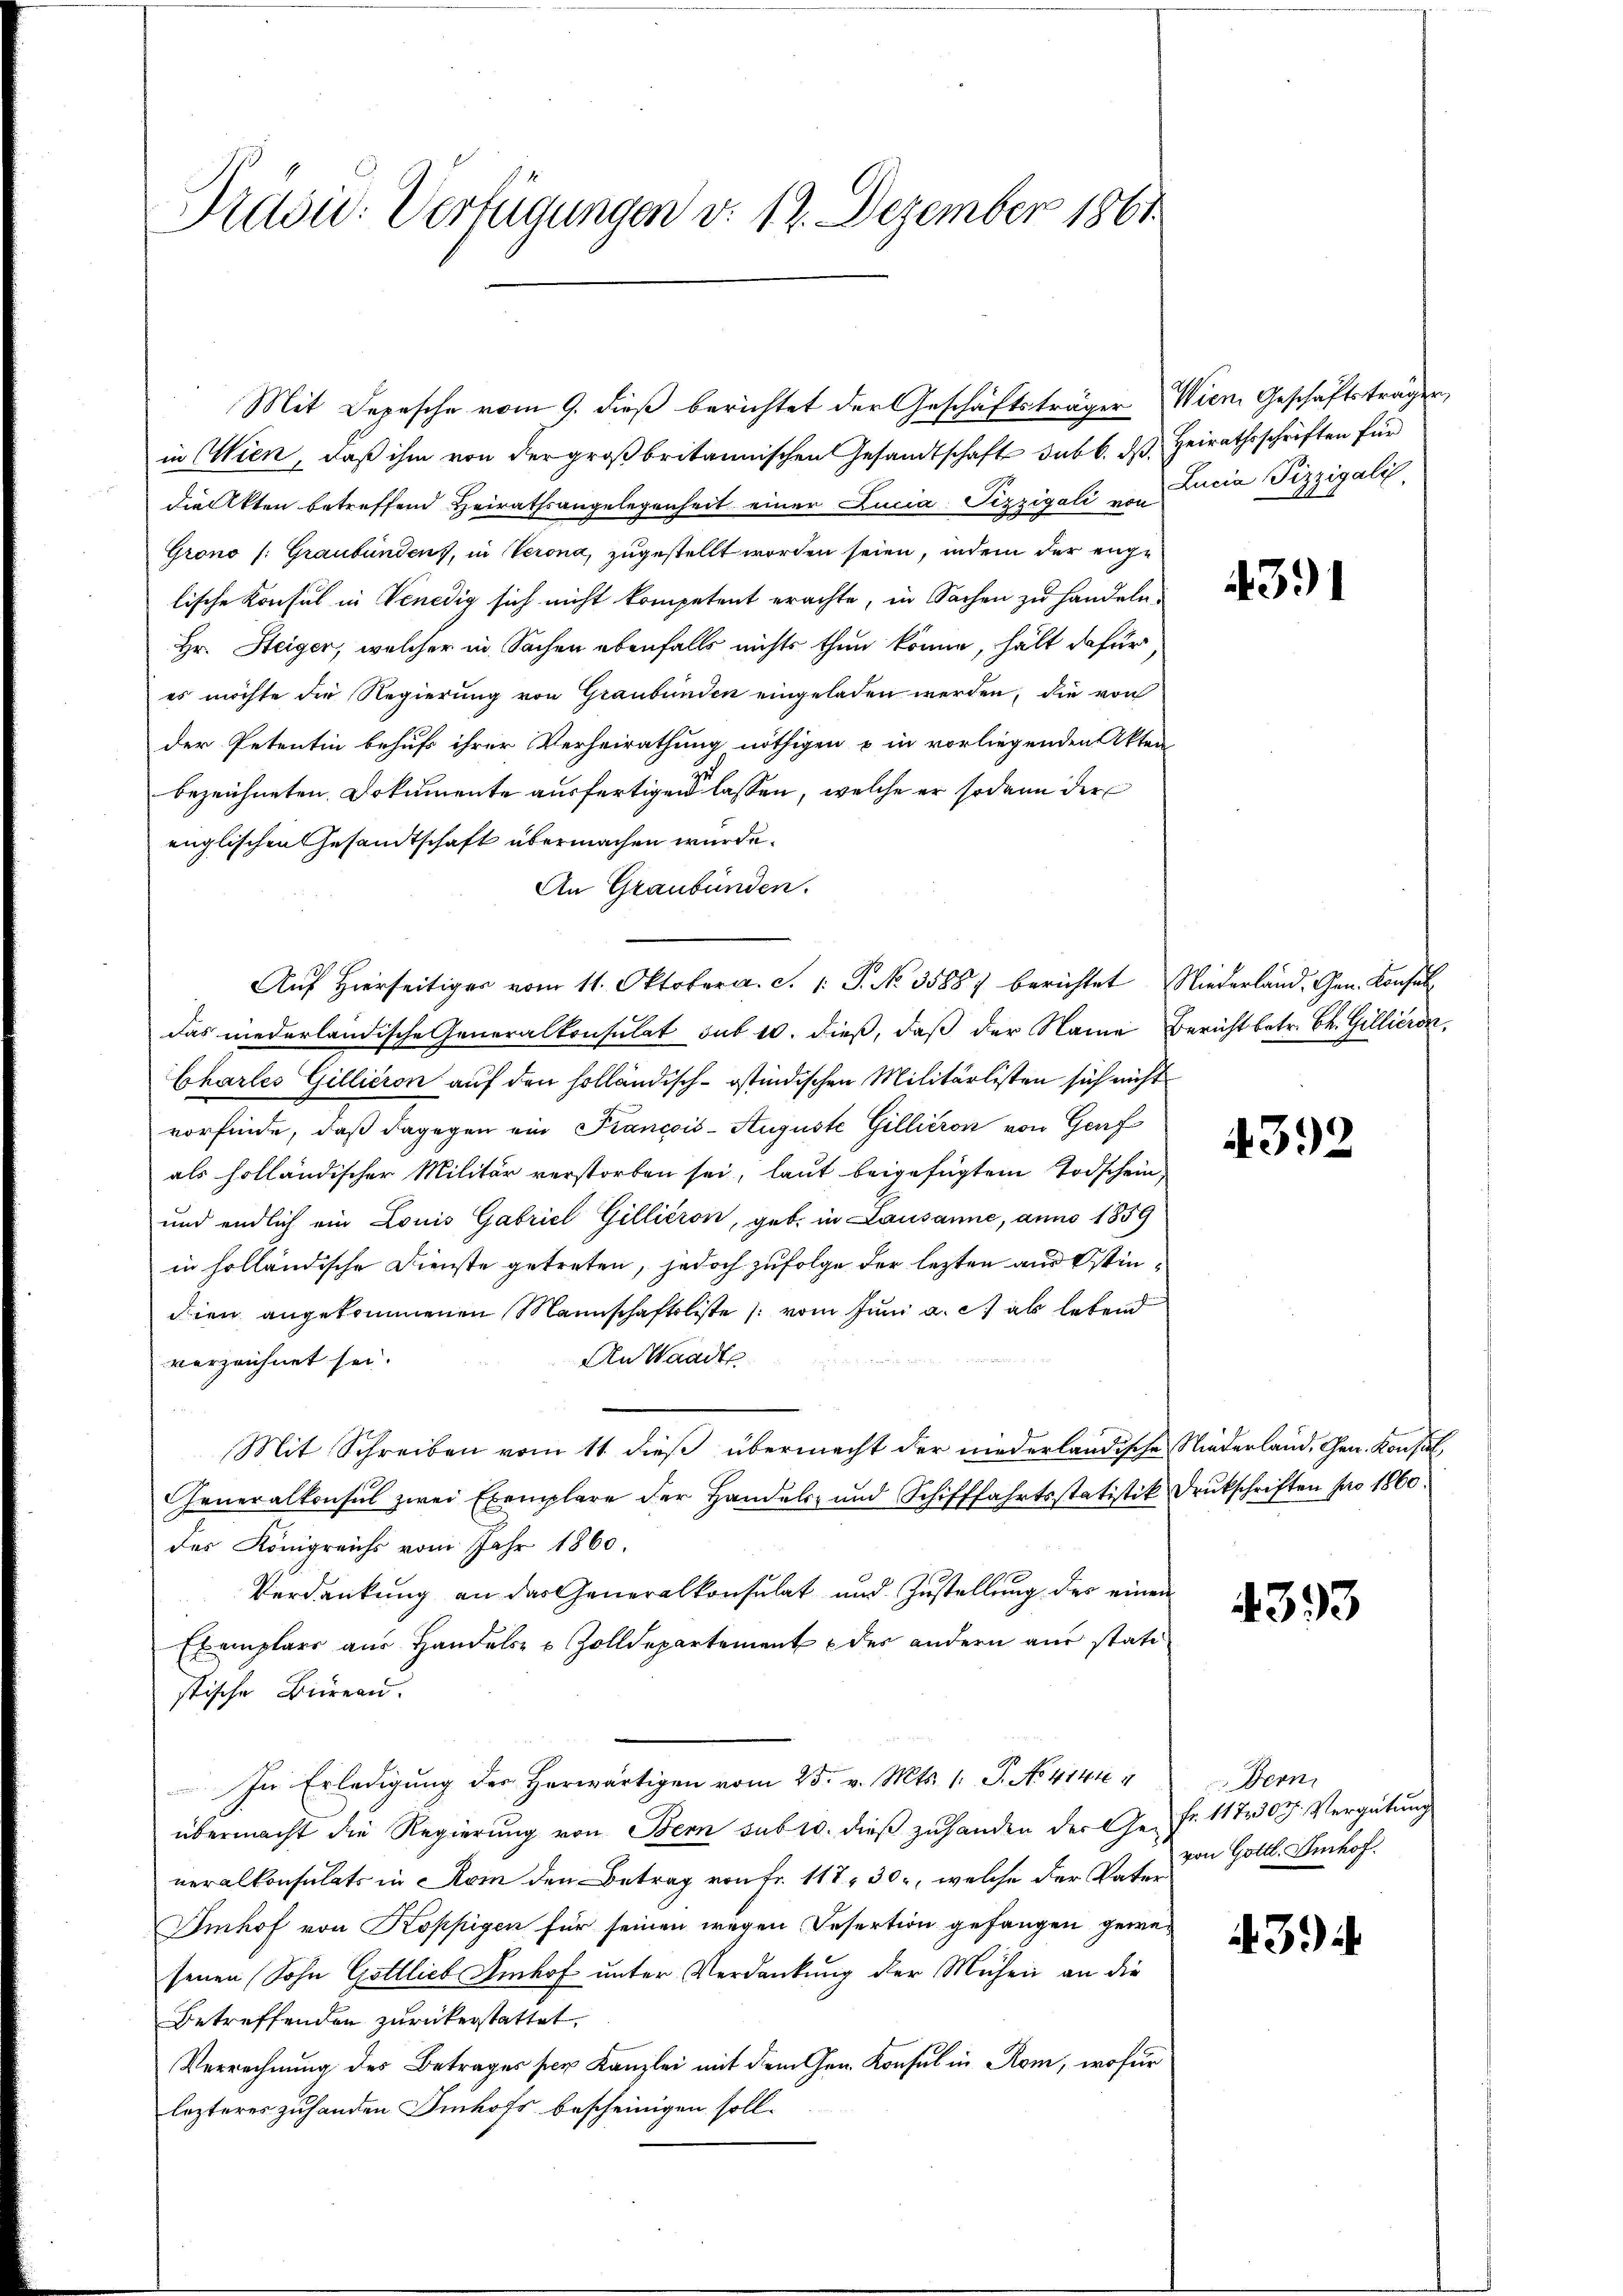
Præsid: Verfügungen d. 12. Dezember 1861

in Wien, daß ihm von der großbritannischen Gesandtschaft sub b. ds. Heirathsschriften für
die Akten betreffend Heirathsangelegenheit einer Lucia-Pizzigali von Lucia Pizzigali
Grono (: Graubündenz, in Verona, zugestellt worden seien, indem der enge
lische Konsul in Venedig sich nicht kompetent erachte, in Sachen zu handeln.
Hr. Heiger, welcher in Sachen ebenfalls nichts thun könne, hält dafür,
es möchte die Regierung von Graubünden eingeladen werden, die von
der Petentin behufs ihrer Verheirathung nöthigen u in vorliegenden Akten
bezeichneten Dokumente ausfertigen lassen, welche er sodann der
englischen Gesandtschaft übermachen wurde.
An Graubünden.
Auf Hierseitiger vom 11. Oktober. c. 1 S. No 3588) berichtet Niederland. Gen. Konsul
das niederländische Generalkonsulat sub 10. dieß, daß der Name Bericht betr. Ch. Gillieren,
Chartes Gillicion auf den holländisch-östindischen Militärlisten sich nicht
vorfinde, daß dagegen ein Francois- Auguste Gillieron von Genf
als holländischer Militär verstorben sei, laut beigefügtem Todschein
und endlich ein Louis Gabriel Gillieron, geb. in Lausanne, anno 1859
in holländische Dienste getreten, jedoch zufolge der lezten aus Ostindien angekommenen Mannschaftsliste (vom Juni a. c. als lebend
An Waadte
verzeichnet sei.
Mit Schreiben vom 11 dieß übermacht der niederländische Niederland, Gen. Konsul
Generalkonsul zwei Exemplare der Handels- und Schifffahrtsstatistik druckschriften pro 1860.
des Königreichs vom Jahr 1860.
Verdankung an das Generalkonsulat und Zustellung des einen
Exemplars aus Handels- & Zolldepartement des andern aus stati
stische Büreau.
In Erledigŭng der herwärtigen vom 25. v. Mts. 1. J. No. 41444
übermacht die Regierung von Bern sub 10. dieß zuhanden der Ge- Fr. 11707. Vergütung
neralkonsulats in Rom den Betrag von Fr. 117, 30, welche der Vater
Imhof von Koppigen für seinen wegen Desertion gefangen gewesenen (Sohn Gottlich Imhof unter Verdankung der Mühen an die
Betreffenden zurückerstattet,
Verrechnung des Betrages per Kanzlei mit dem Gen. Konsul in Rom, wofür
lezteres zuhanden Sinhofs bescheinigen soll.

Mit Depesche vom 9. dieß berichtet der Geschäftsträger Wien Geschäftsträgen,

4391

4392

4393

Bern
von Gottl. Imhof

4.3.4